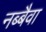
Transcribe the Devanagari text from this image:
नब्बैवा